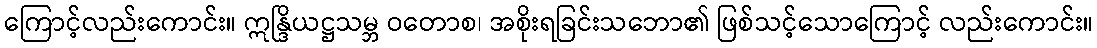
ကြောင့်လည်းကောင်း။ ဣန္ဒြိယဋ္ဌသမ္ဘ ဝတောစ၊ အစိုးရခြင်းသဘော၏ ဖြစ်သင့်သောကြောင့် လည်းကောင်း။